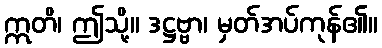
ဣတိ၊ ဤသို့။ ဒဋ္ဌဗ္ဗာ၊ မှတ်အပ်ကုန်၏။